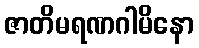
ဇာတိမရဏဂါမိနော